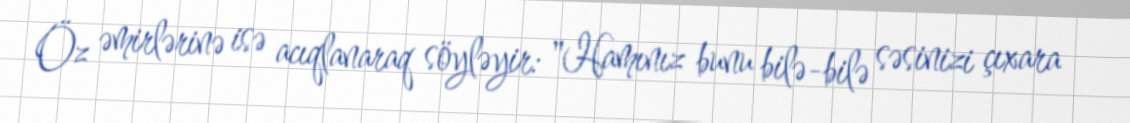
Öz əmirlərinə isə acıqlanaraq söyləyir: "Hamınız bunu bilə-bilə səsinizi çıxara